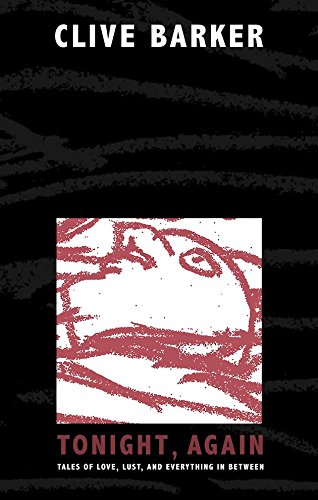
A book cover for Tonight, Again; Clive Barker; Romance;